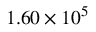
1 . 6 0 \times 1 0 ^ { 5 }